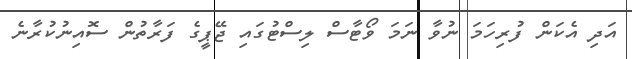
އަދި އެކަން ފުރިހަމަ ނުވާ ނަމަ ވޯޓާސް ލިސްޓުގައި ޖޭޕީގެ ފަރާތުން ސޮއިނުކުރާނެ